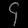
Digit: ၄